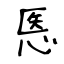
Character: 悘